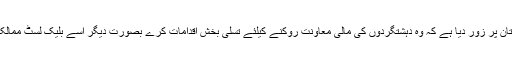
خیال رہے کہ ایف اے ٹی ایف نے پاکستان پر زور دیا ہے کہ وہ دہشتگردوں کی مالی معاونت روکنے کیلئے تسلی بخش اقدامات کرے بصورت دیگر اسے بلیک لسٹ ممالک کی فہرست میں شامل کیا جاسکتا ہے۔